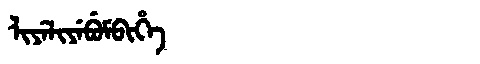
Manchu: ᠯᡳᠶᡝᠯᡳᠶᡝᠪᡠᠮᠪᡳᡥᡝ
Romanization: LIYELIYEBUMBIHE